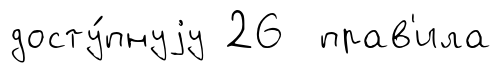
досту́пнуjу 26 прав'ила